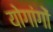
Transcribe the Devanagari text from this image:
योगांगों